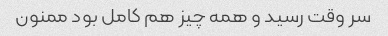
سر وقت رسید و همه چیز هم کامل بود ممنون